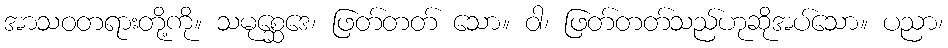
အာသဝတရားတို့ကို။ သမုစ္ဆေဒေ၊ ဖြတ်တတ် သော။ ဝါ၊ ဖြတ်တတ်သည်ဟုဆိုအပ်သော။ ပညာ၊